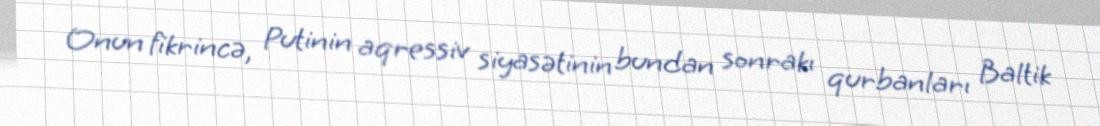
Onun fikrincə, Putinin aqressiv siyasətinin bundan sonrakı qurbanları Baltik